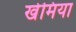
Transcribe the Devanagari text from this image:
खेमिया